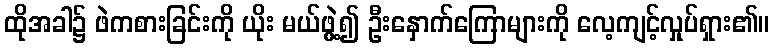
ထိုအခါ၌ ဖဲကစားခြင်းကို ယိုး မယ်ဖွဲ့၍ ဦးနှောက်ကြောများကို လေ့ကျင့်လှုပ်ရှား၏။